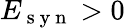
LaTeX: E_{\mathrm{~s~y~n~}}>0